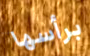
برأسها